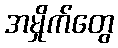
အမှိုက်တွေ